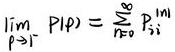
\[
\lim_{p \to 1^{-}} P(p)=\sum_{n = 0}^{\infty} p_{n}
\]